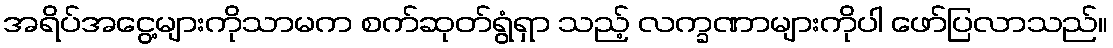
အရိပ်အငွေ့များကိုသာမက စက်ဆုတ်ရွံရှာ သည့် လက္ခဏာများကိုပါ ဖော်ပြလာသည်။